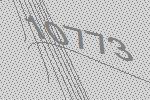
10773